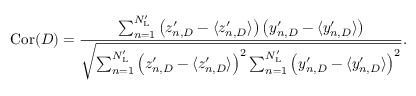
\mathrm { C o r } ( D ) = \frac { \sum _ { n = 1 } ^ { N _ { \mathrm { L } } ^ { \prime } } \left( z _ { n , D } ^ { \prime } - \langle z _ { n , D } ^ { \prime } \rangle \right) \left( y _ { n , D } ^ { \prime } - \langle y _ { n , D } ^ { \prime } \rangle \right) } { \sqrt { \sum _ { n = 1 } ^ { N _ { \mathrm { L } } ^ { \prime } } \left( z _ { n , D } ^ { \prime } - \langle z _ { n , D } ^ { \prime } \rangle \right) ^ { 2 } \sum _ { n = 1 } ^ { N _ { \mathrm { L } } ^ { \prime } } \left( y _ { n , D } ^ { \prime } - \langle y _ { n , D } ^ { \prime } \rangle \right) ^ { 2 } } } .